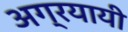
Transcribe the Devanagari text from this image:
अग्रयायी